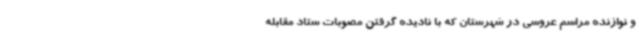
و نوازنده مراسم عروسی در شهرستان که با نادیده گرفتن مصوبات ستاد مقابله